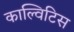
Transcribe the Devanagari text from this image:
काल्विटिस